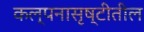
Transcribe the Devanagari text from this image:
कल्पनासृष्टीतील